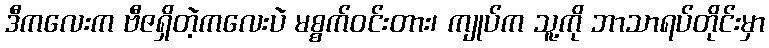
ဒီကလေးက ဗီဇရှိတဲ့ကလေးပဲ မစ္စက်ဝင်းတား၊ ကျုပ်က သူ့ကို ဘာသာရပ်တိုင်းမှာ